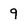
Character: 9